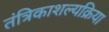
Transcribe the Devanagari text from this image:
तंत्रिकाशल्यक्रिया